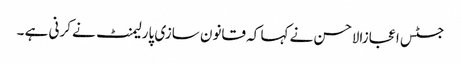
جسٹس اعجازالاحسن نے کہا کہ قانون سازی پارلیمنٹ نے کرنی ہے ۔